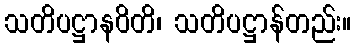
သတိပဋ္ဌာနဝိတိ၊ သတိပဋ္ဌာန်တည်း။